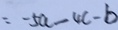
= - 5 a - 4 c - b